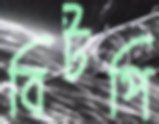
বিটপি